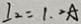
I _ { 2 } = 1 . 2 A